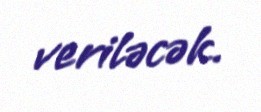
veriləcək.